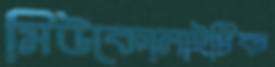
মিউকোলাইটিক